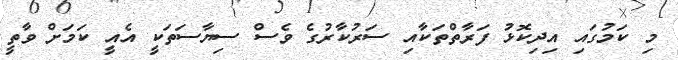
މި ކަމުގައި އިދިކޮޅު ފަރާތްތަކާއި ސަރުކާރުގެ ވެސް ސިޔާސަތަކީ އެއީ ކަމަށް ވާތީ